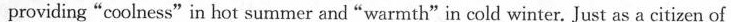
providing"coolness"in hot summer and"warmth"in cold winter. Just as a citizen of